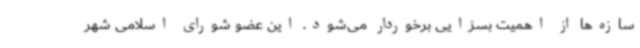
سازه‌ها از اهمیت بسزایی برخوردار می‌شود. این عضو شورای اسلامی شهر